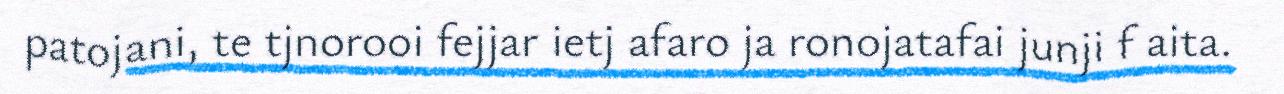
patojani, te tjnorooi fejjar ietj afaro ja ronojatafai junji f aita.